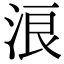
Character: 浪